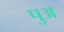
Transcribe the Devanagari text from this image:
पुअ